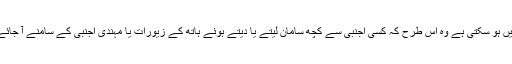
اس کے علاوہ جو دوسری صورتیں ہو سکتی ہے وہ اس طرح کہ کسی اجنبی سے کچھ سامان لیتے یا دیتے ہوئے ہاتھ کے زیورات یا مہندی اجنبی کے سامنے آ جائے تو یہ خود بخود ظاہر ہونا ہو گا۔